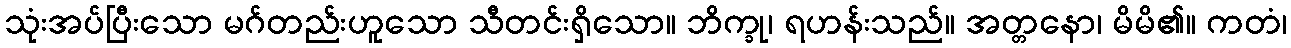
သုံးအပ်ပြီးသော မဂ်တည်းဟူသော သီတင်းရှိသော။ ဘိက္ခု၊ ရဟန်းသည်။ အတ္တနော၊ မိမိ၏။ ကတံ၊